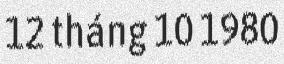
12 tháng 10 1980